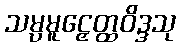
သမ္ပမူဠှေတ္ထဝိဒ္ဒသု